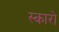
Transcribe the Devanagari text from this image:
स्कारो